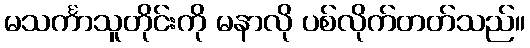
မသင်္ကာသူတိုင်းကို မနာလို ပစ်လိုက်တတ်သည်။